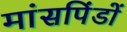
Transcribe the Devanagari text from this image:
मांसपिंडों